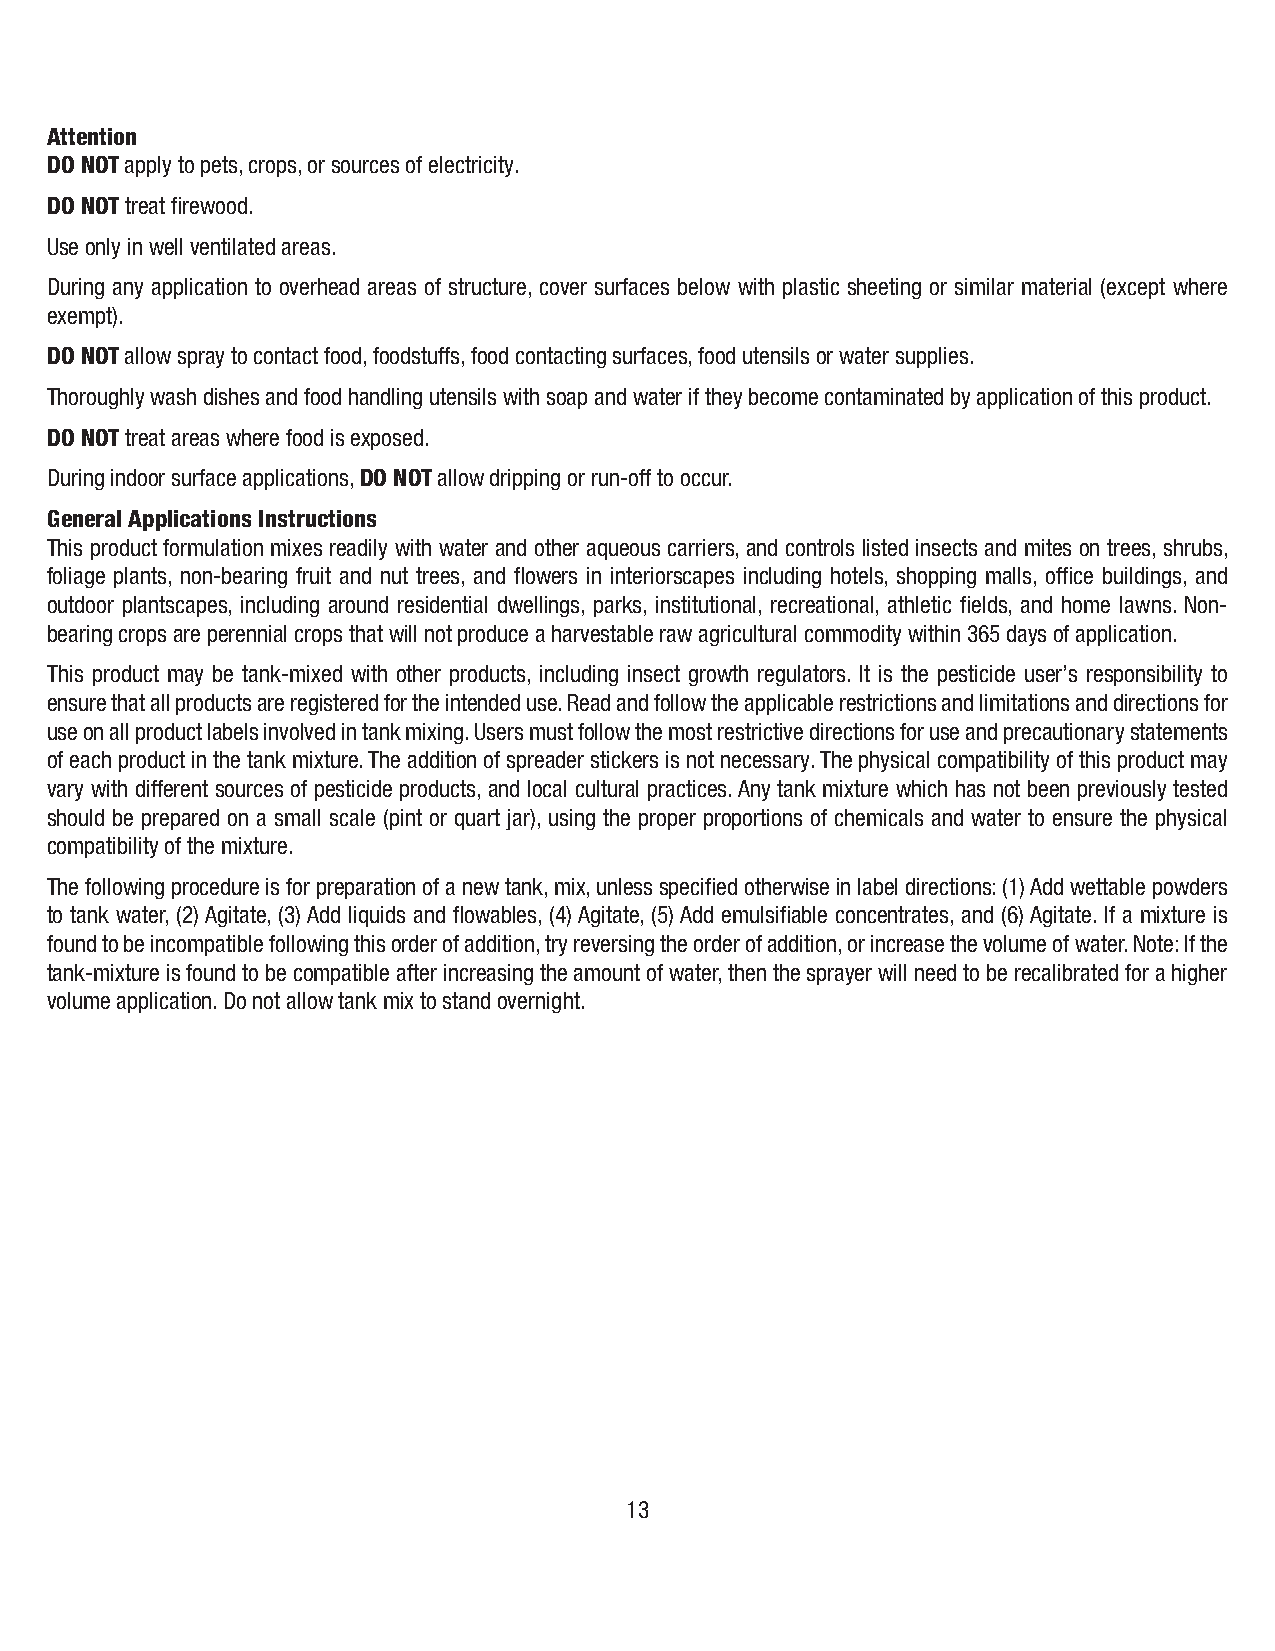
Attention
 DO NOT apply to pets, crops, or sources of electricity.
 DO NOT treat firewood.
 Use only in well ventilated areas.
 During any application to overhead areas of structure, cover surfaces below with plastic sheeting or similar material (except where
 exempt).
 DO NOT allow spray to contact food, foodstuffs, food contacting surfaces, food utensils or water supplies.
 Thoroughly wash dishes and food handling utensils with soap and water if they become contaminated by application of this product.
 DO NOT treat areas where food is exposed.
 During indoor surface applications, DO NOT allow dripping or run-off to occur.
 General Applications Instructions
 This product formulation mixes readily with water and other aqueous carriers, and controls listed insects and mites on trees, shrubs,
 foliage plants, non-bearing fruit and nut trees, and flowers in interiorscapes including hotels, shopping malls, office buildings, and
 outdoor plantscapes, including around residential dwellings, parks, institutional, recreational, athletic fields, and home lawns. Non-
 bearing crops are perennial crops that will not produce a harvestable raw agricultural commodity within 365 days of application.
 This product may be tank-mixed with other products, including insect growth regulators. It is the pesticide user’s responsibility to
 ensure that all products are registered for the intended use. Read and follow the applicable restrictions and limitations and directions for
 use on all product labels involved in tank mixing. Users must follow the most restrictive directions for use and precautionary statements
 of each product in the tank mixture. The addition of spreader stickers is not necessary. The physical compatibility of this product may
 vary with different sources of pesticide products, and local cultural practices. Any tank mixture which has not been previously tested
 should be prepared on a small scale (pint or quart jar), using the proper proportions of chemicals and water to ensure the physical
 compatibility of the mixture.
 The following procedure is for preparation of a new tank, mix, unless specified otherwise in label directions: (1) Add wettable powders
 to tank water, (2) Agitate, (3) Add liquids and flowables, (4) Agitate, (5) Add emulsifiable concentrates, and (6) Agitate. If a mixture is
 found to be incompatible following this order of addition, try reversing the order of addition, or increase the volume of water. Note: If the
 tank-mixture is found to be compatible after increasing the amount of water, then the sprayer will need to be recalibrated for a higher
 volume application. Do not allow tank mix to stand overnight.
 13